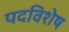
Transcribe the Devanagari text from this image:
पदविशेष